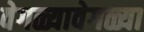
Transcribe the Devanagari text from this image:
वेगळ्यावेगळ्या